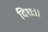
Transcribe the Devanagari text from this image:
दिशः।।